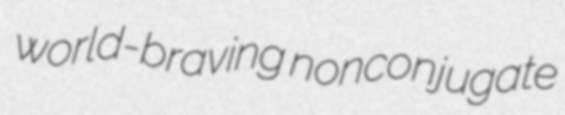
world-braving nonconjugate